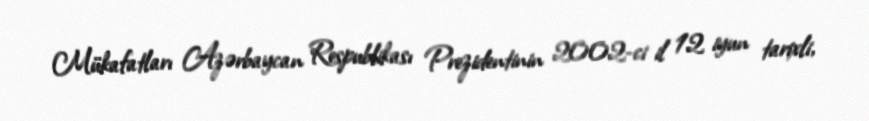
Mükafatları Azərbaycan Respublikası Prezidentinin 2002-ci il 12 iyun tarixli,